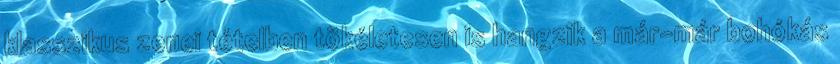
klasszikus zenei tételben tökéletesen is hangzik a már-már bohókás